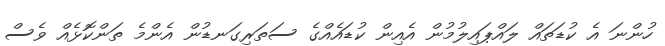
ހުންނަ އެ ކުޑަތައް ލައްޕައިލުމުން އެއިން ކުޑައެއްގެ ސަތަރިގަނޑުން އެންމެ ތަންކޮޅެއް ވެސް